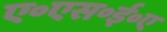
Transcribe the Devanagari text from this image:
ए॰एस॰ई॰ए